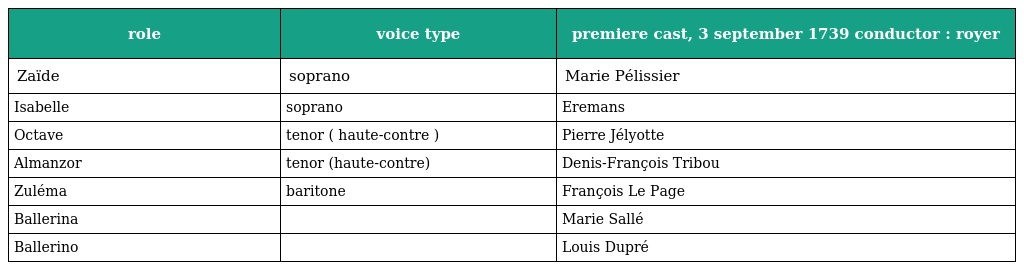
| role | voice type | premiere cast, 3 september 1739 conductor : royer |
 | --- | --- | --- |
 | Zaïde | soprano | Marie Pélissier |
 | Isabelle | soprano | Eremans |
 | Octave | tenor ( haute-contre ) | Pierre Jélyotte |
 | Almanzor | tenor (haute-contre) | Denis-François Tribou |
 | Zuléma | baritone | François Le Page |
 | Ballerina |  | Marie Sallé |
 | Ballerino |  | Louis Dupré |